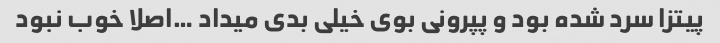
پیتزا سرد شده بود و پپرونی بوی خیلی بدی میداد …اصلا خوب نبود